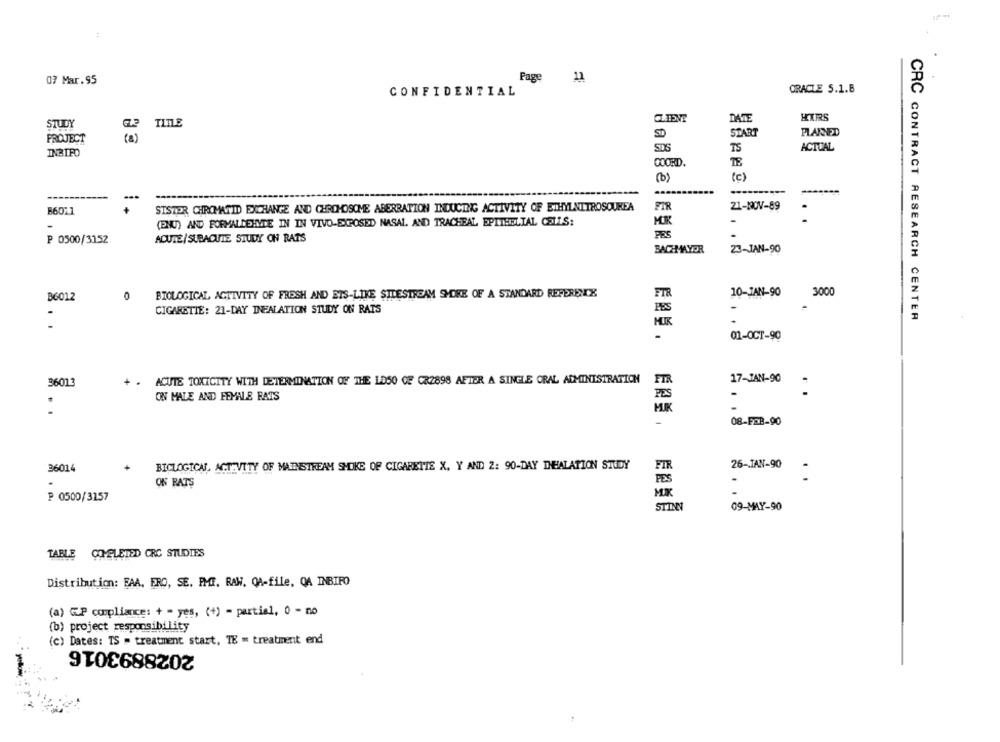
07 Mar.95
Page
ORACLE S.1.B
CONFIDENTIAL
CLIENT
DATE
HUS
STUDY
TITLE
ST
START
PLANNED
PROJECT
( a)
SDS
TS
ACTUAL
INBIFO
COORD.
(0)
(c)
..
STSTER CHROMATID EXCHANGE AND CHROMOSOME ABERRATION INDUCING ACTIVITY OF ETHYLNITROSOUREA
FIR
21-ROV-89
86017
(ENU) AND FORMALDEHYDE IN IN VIVO-EXPOSED NASAL. AND TRACHEAL EPITHELIAL CELLS:
-
PRS
₱ 0500/3152
ACUTE/SUBACUTE STUDY ON RATS
BACH MAYOR
23-JAN-90
B6012
0
BIOLOGICAL ACTIVITY OF FRESH AND ETS-LIKE SIDESTREAM SHORE OF A STANDARD REFERENCE
FTR
10-JAN-90
3000
CIGARETTE: 21-DAY INEALATION STUDY ON RATS
FES
CRC CONTRACT RESEARCH CENTER
.
01-OCT-90
FIR
17-JAN-90
36013
ACUTE TOXICITY WITH DETERMINATION OF THE LOSO CE CR2898 AFTER A SINGLE ORAL ADMINISTRATION
-
ON MALE AND FEMALE RATS
PES
-
-
08-FEB-90
36014
BICLOGICAL ACTIVITY OF MAINSTREAM SHOKE OF CIGARETTE X, Y AND 2: 90-DAY INHALATION STUDY
FIR
26-IAN-90
PES
:
ON BATS
P 0500/3157
MX
STINN
09-MAY-90
TABLE COMPLETED CRC STUDIES
Distribution: BAA, ERO, SE. PMI. RAW, QA-file, QA INBIFO
(a) GP compliance: + = yes, (+) - partiel, 0 - no
(b) project responsibility
(c) Dates: TS = treatment start, TE = treatment end
2028893016
yellow